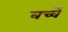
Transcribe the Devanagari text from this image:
बच्चेँ